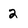
Character: 2